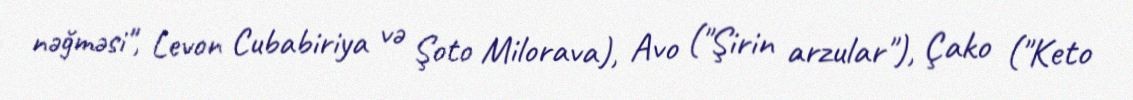
nəğməsi", Levon Cubabiriya və Şoto Milorava), Avo ("Şirin arzular"), Çako ("Keto